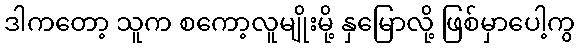
ဒါကတော့ သူက စကော့လူမျိုးမို့ နှမြောလို့ ဖြစ်မှာပေါ့ကွ